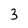
Character: 3